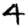
Digit: 4